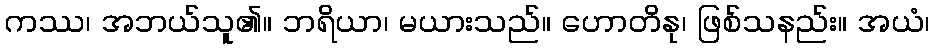
ကဿ၊ အဘယ်သူ၏။ ဘရိယာ၊ မယားသည်။ ဟောတိနု၊ ဖြစ်သနည်း။ အယံ၊